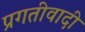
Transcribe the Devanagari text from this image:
प्रगतीवादी